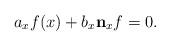
LaTeX: \begin{align*}a_x f(x) + b_x \mathbf n_x f =0.\end{align*}